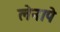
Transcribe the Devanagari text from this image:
लेनापे